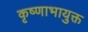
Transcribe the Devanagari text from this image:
कृष्णाभायुक्त